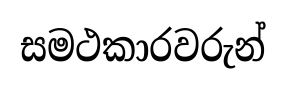
සමථකාරවරුන්